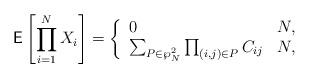
LaTeX: \begin{align*}\mathsf{E}\left[\prod_{i=1}^NX_i\right]= \left\{\begin{array}{ll} 0 & N, \\ \sum_{P\in\wp_N^2}\prod_{(i,j)\in P}C_{ij} & N,\\\end{array} \right. \end{align*}